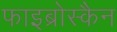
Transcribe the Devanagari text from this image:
फाइब्रोस्कैन